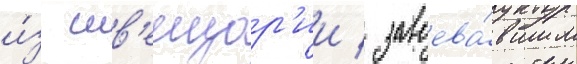
и́з шв'еицар'ии / завоева́вшим